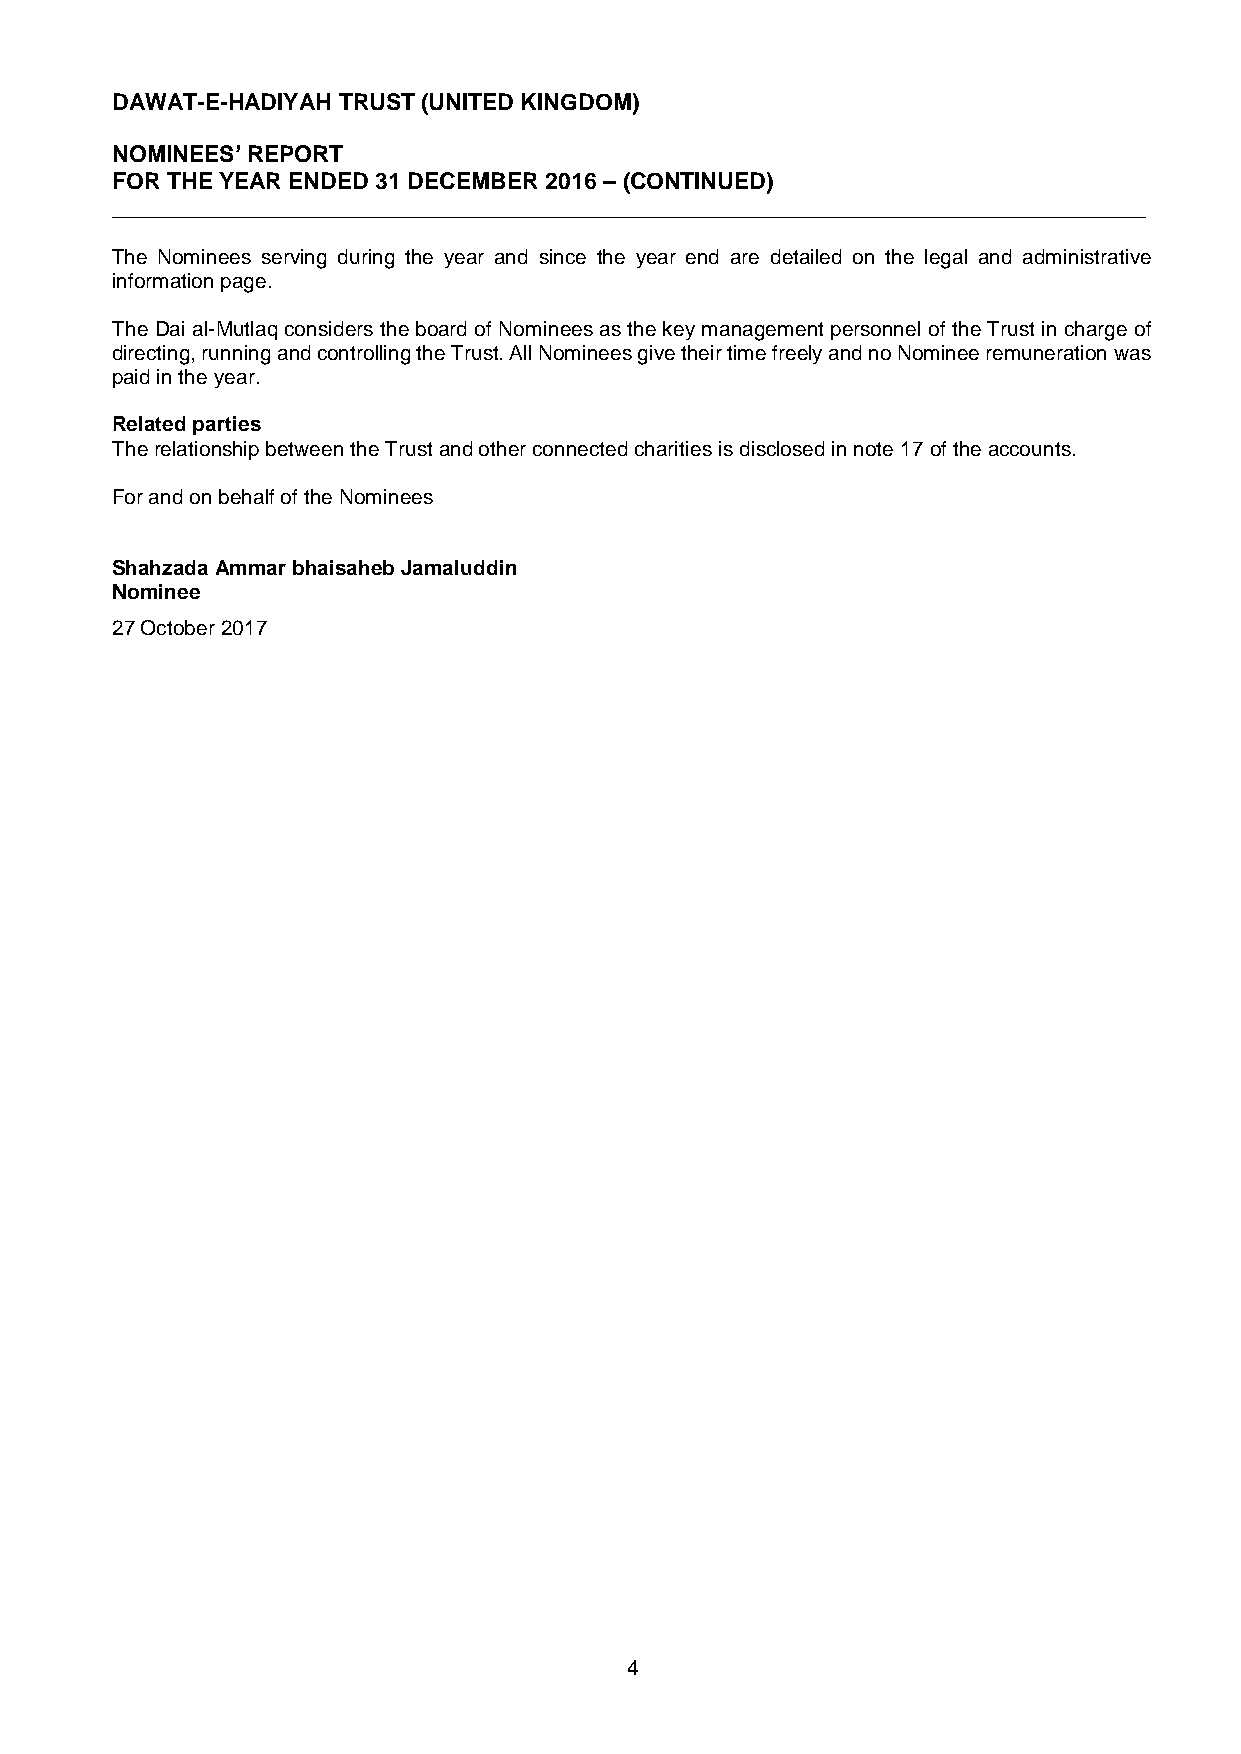
DAWAT-E-HADIYAH TRUST (UNITED KINGDOM)
 NOMINEES’ REPORT
 FOR THE YEAR ENDED 31 DECEMBER 2016 – (CONTINUED)
 _________________________________________________________________________________
 The Nominees serving during the year and since the year end are detailed on the legal and administrative
 information page.
 The Dai al-Mutlaq considers the board of Nominees as the key management personnel of the Trust in charge of
 directing, running and controlling the Trust. All Nominees give their time freely and no Nominee remuneration was
 paid in the year.
 Related parties
 The relationship between the Trust and other connected charities is disclosed in note 17 of the accounts.
 For and on behalf of the Nominees
 Shahzada Ammar bhaisaheb Jamaluddin
 Nominee
 27 October 2017
 4